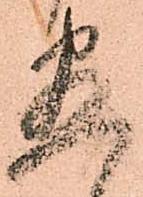
盡